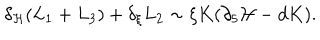
\delta _ { \cal H } ( L _ { 1 } + L _ { 3 } ) + \delta _ { \xi } L _ { 2 } \sim \xi K ( \partial _ { 5 } { \cal H } - d K ) .